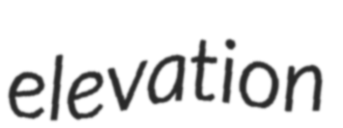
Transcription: elevation